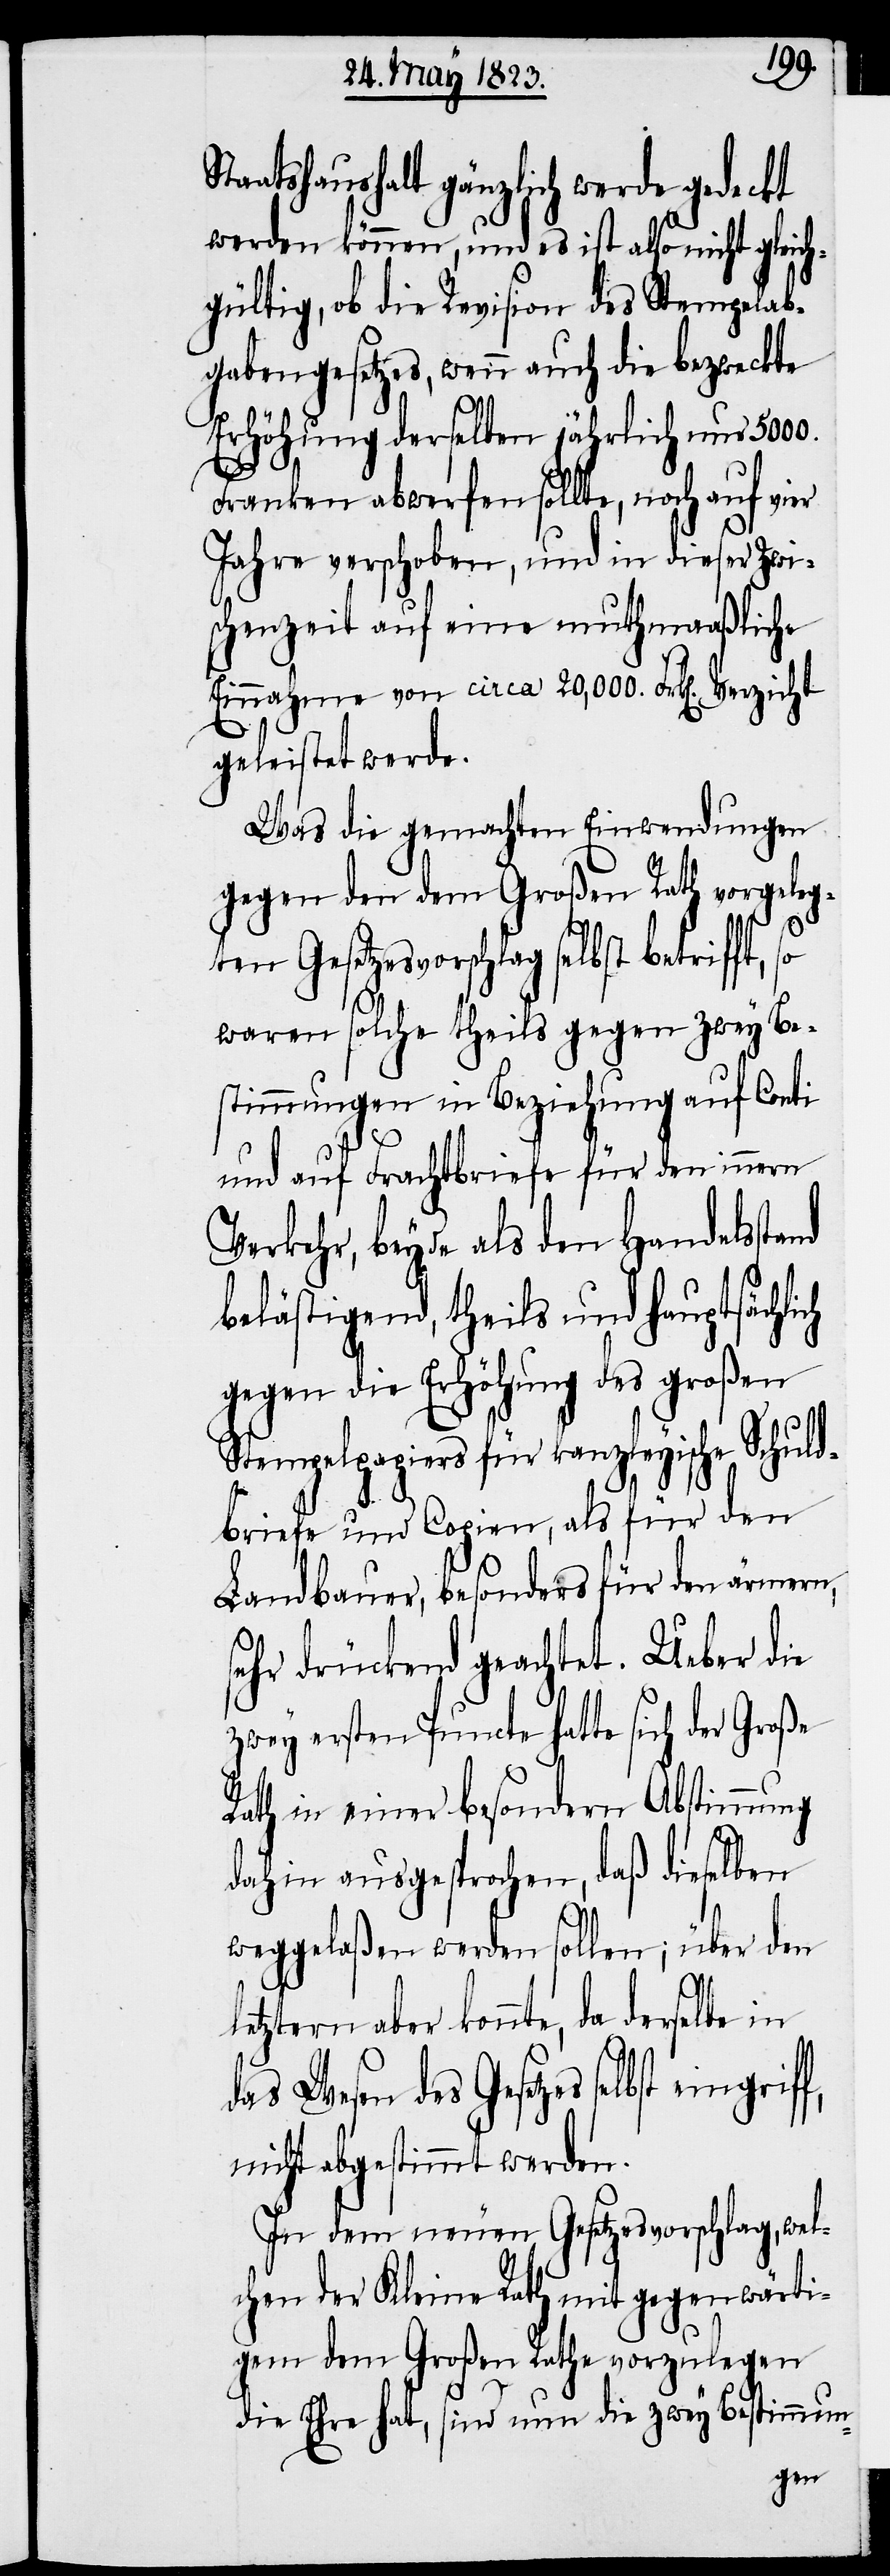
Staatshaushalt gänzlich werde gedeckt
werden können, und es ist also nicht gleich¬
gültig, ob die Revision des Stempelab¬
gabengesetzes, wenn auch die bezweckte
Erhöhung derselben jährlich nur 5000.
Franken abwerfen sollte, noch auf vier
Jahre verschoben, und in dieser Zwi¬
schenzeit auf eine muthmaaßliche
Einnahme von circa 20,000. Frk[en]. Verzicht
geleistet werde.
Was die gemachten Einwendungen
gegen den dem Großen Rath vorgeleg¬
ten Gesetzesvorschlag selbst
waren solche theils gegen zwey Be¬
stimmungen in Beziehung auf Conti
und auf Frachtbriefe für den innern
Verkehr, beyde als den Handelsstand
belästigend, theils und hauptsächlich
gegen die Erhöhung des großen
Stempelpapiers für kanzleyische Schu¬
ldbriefe und Copien, als für den
Landbauer, besonders für den ärmern,
sehr drückend geachtet. Ueber die
zwey ersten Puncte hatte sich der Große
Rath in einer besondern Abstimmung
dahin ausgesprochen, daß dieselben
weggelaßen werden sollen; über den
letztern aber konnte, da derselbe in
das Wesen des Gesetzes selbst
nicht abgestimmt werden.
In dem neuen Gesetzesvorschlag, wel¬
chen der Kleine Rath mit gegenwärti¬
gem dem Großen Rathe vorzulegen
die Ehre hat, sind nun die zwey Bestimmun-